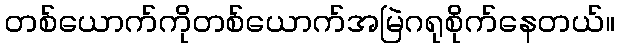
တစ်ယောက်ကိုတစ်ယောက်အမြဲဂရုစိုက်နေတယ်။